Annual report of the Punjab Veterinary College and of the Civil Veterinary Department, Punjab - 1909-1919
Year: 1909
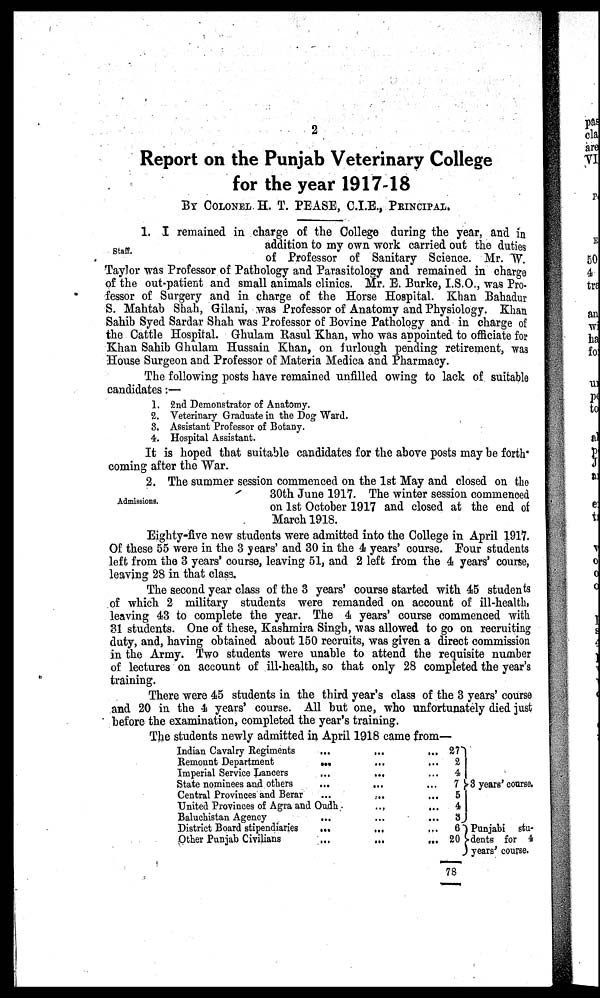
2
Report on the Punjab Veterinary College
for the year 1917-18
BY COLONEL H. T. PEASE, C.I.E., PRINCIPAL.
Staff.
1. I remained in charge of the College during the year, and in
addition to my own work carried out the duties
of Professor of Sanitary Science. Mr. W.
Taylor was Professor of Pathology and Parasitology and remained in charge
of the out-patient and small animals clinics. Mr. E. Burke, I.S.O., was Pro-
fessor of Surgery and in charge of the Horse Hospital. Khan Bahadur
S. Mahtab Shah, Gilani, was Professor of Anatomy and Physiology. Khan
Sahib Syed Sardar Shah was Professor of Bovine Pathology and in charge of
the Cattle Hospital. Ghulam Rasul Khan, who was appointed to officiate for
Khan Sahib Ghulam Hussain Khan, on furlough pending retirement, was
House Surgeon and Professor of Materia Medica and Pharmacy.
The following posts have remained unfilled owing to lack of suitable
candidates:—
1. 2nd Demonstrator of Anatomy.
2. Veterinary Graduate in the Dog Ward.
3. Assistant Professor of Botany.
4. Hospital Assistant.
It is hoped that suitable candidates for the above posts may be forth
coming after the War.
Admissions.
2. The summer session commenced on the 1st May and closed on the
30th June 1917. The winter session commenced
on 1st October 1917 and closed at the end of
March 1918.
Eighty-five new students were admitted into the College in April 1917.
Of these 55 were in the 3 years' and 30 in the 4 years' course. Four students
left from the 3 years' course, leaving 51, and 2 left from the 4 years' course,
leaving 28 in that class.
The second year class of the 3 years' course started with 45 students
of which 2 military students were remanded on account of ill-health,
leaving 43 to complete the year. The 4 years' course commenced with
31 students. One of these, Kashmira Singh, was allowed to go on recruiting
duty, and, having obtained about 150 recruits, was given a direct commission
in the Army. Two students were unable to attend the requisite number
of lectures on account of ill-health, so that only 28 completed the year's
training.
There were 45 students in the third year's class of the 3 years' course
and 20 in the 4 years' course. All but one, who unfortunately died just
before the examination, completed the year's training.
The students newly admitted in April 1918 came from—
Indian Cavalry Regiments
Remount Department
Imperial Service Lancers
State nominees and others
Central Provinces and Berar
...
...
...
...
...
United Provinces of Agra and Oudh
Baluchistan Agency
District Board stipendiaries
Other Punjab Civilians
...
...
...
...
...
...
...
...
...
...
...
...
...
...
...
...
...
...
...
...
...
27
2
4
7
5
4
3
6
20
78
3 years' course.
Punjabi stu¬
dents for 4
years' course.